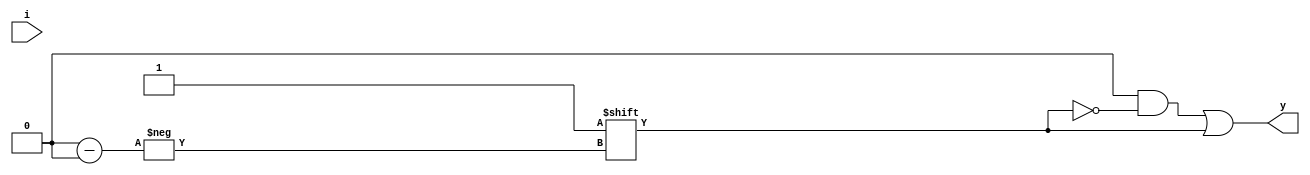
module dec_parameterize#(parameter n=3)(input[(n-1):0]i,output reg [((2**n)-1):0]y);
	always@(i)
		begin
		y=1'b0;
		y[ie]=1'b1;
		end
endmodule